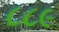
૮૮૯